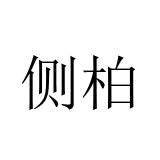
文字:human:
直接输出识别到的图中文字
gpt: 侧柏